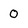
Character: 0